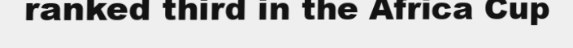
ranked third in the Africa Cup